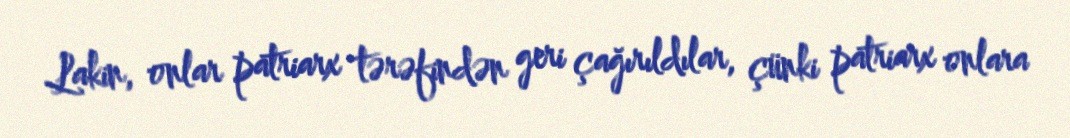
Lakin, onlar patriarx tərəfindən geri çağırıldılar, çünki patriarx onlara